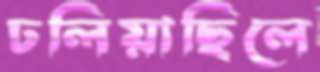
ঢলিয়াছিলে